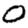
Digit: 0